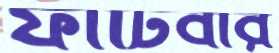
ফাটিবার